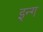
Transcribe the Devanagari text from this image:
इन्ग